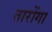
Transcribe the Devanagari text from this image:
तारोंगा